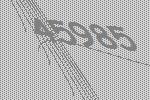
45985